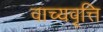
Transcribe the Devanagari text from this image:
वाच्यवृत्ति